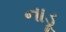
નાડૂ